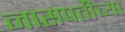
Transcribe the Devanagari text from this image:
नासपतीच्या